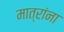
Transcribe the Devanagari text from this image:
मात्रांना